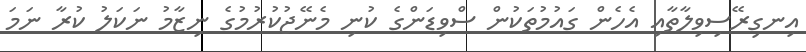
އިނގިރޭސިވިލާތާއި އެހެން ގައުމުތަކުން ސްވިޑަންގެ ކުނި މެނޭޖުކުރުމުގެ ނިޒާމު ނަކަލު ކުރާ ނަމަ